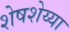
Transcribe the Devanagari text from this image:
शेषशेय्या